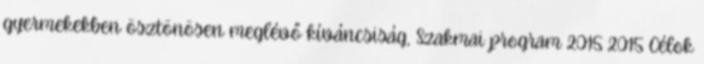
gyermekekben ösztönösen meglévő kíváncsiság, Szakmai program 2015 2015 Célok